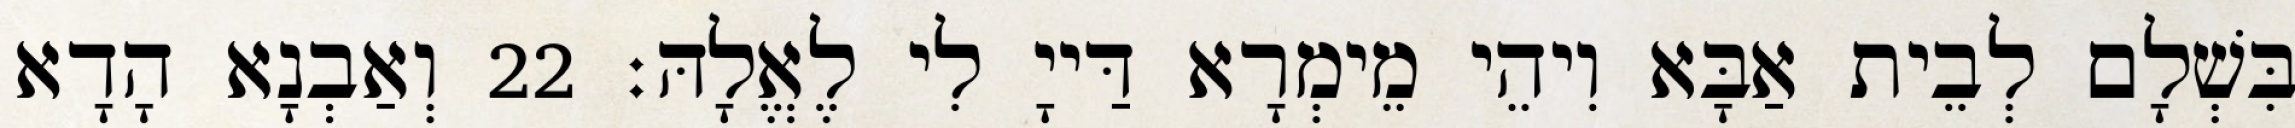
בִּשְׁלָם לְבֵית אַבָּא וִיהֵי מֵימְרָא דַּייָ לִי לֶאֱלָהּ׃ 22 וְאַבְנָא הָדָא